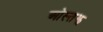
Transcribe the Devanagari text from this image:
ओस्तझ